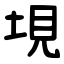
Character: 垷